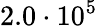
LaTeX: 2.0\cdot 10^{5}